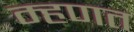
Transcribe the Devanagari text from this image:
म्‍हणत